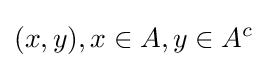
(x,y),x\in A,y\in A^{c}